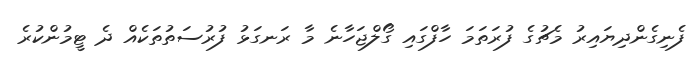
ފެނިގެންދިޔައިރު މެޗުގެ ފުރަތަމަ ހާފްގައި ގޯލްޖަހާނެ މާ ރަނގަޅު ފުރުސަތުތަކެއް ދެ ޓީމުންކުރެ